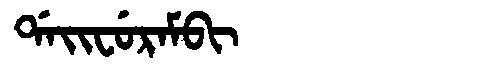
Manchu: ᡩᠠᡳᠸᡠᡵᠠᠮᠪᡳ
Romanization: DAIFURAMBI